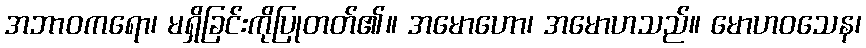
အဘာဝကရော၊ မရှိခြင်းကိုပြုတတ်၏။ အမောဟော၊ အမောဟသည်။ မောဟဝသေန၊